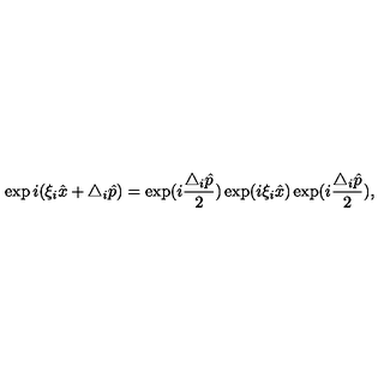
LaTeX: \exp i ( \xi _ { i } \hat { x } + \triangle _ { i } \hat { p } ) = \exp ( i \frac { \triangle _ { i } \hat { p } } { 2 } ) \exp ( i \xi _ { i } \hat { x } ) \exp ( i \frac { \triangle _ { i } \hat { p } } { 2 } ) ,